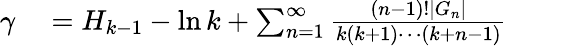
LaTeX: \begin{array}{rlrl}{\gamma}&{{}=H_{k-1}-\ln k+\sum_{n=1}^{\infty}{\frac{(n-1)!|G_{n}|}{k(k+1)\cdots(k+n-1)}}}&{}&{{}}\end{array}